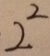
2 ^ { 2 }